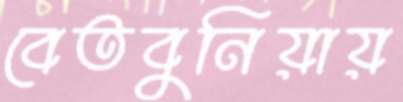
বেতবুনিয়ায়